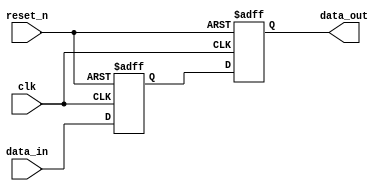
module nios_system_reset_vga_clock_domain_synch_module (
                                                          clk,
                                                          data_in,
                                                          reset_n,
                                                          data_out
                                                       )
;
  output           data_out;
  input            clk;
  input            data_in;
  input            reset_n;
  reg              data_in_d1 ;
  reg              data_out ;
  always @(posedge clk or negedge reset_n)
    begin
      if (reset_n == 0)
          data_in_d1 <= 0;
      else 
        data_in_d1 <= data_in;
    end
  always @(posedge clk or negedge reset_n)
    begin
      if (reset_n == 0)
          data_out <= 0;
      else 
        data_out <= data_in_d1;
    end
endmodule